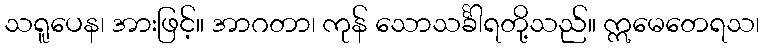
သရူပေန၊ အားဖြင့်။ အာဂတာ၊ ကုန် သောသင်္ခါရတို့သည်။ ဣမေတေရသ၊